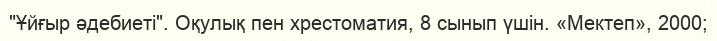
"Ұйғыр әдебиеті". Оқулық пен хрестоматия, 8 сынып үшін. «Мектеп», 2000;